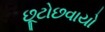
છૂટોછવાયો